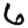
Digit: 6